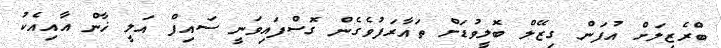
ބްރެޒިލަށް އުފަން ގިޒޭލް ބޮލީވުޑަށް ތައާރަފުވެގެން ގޮސްފައިވަނީ ސައިފް އަލީ ޚާން އާއިއެކު